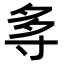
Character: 𭔯